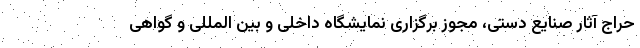
حراج آثار صنایع دستی، مجوز برگزاری نمایشگاه داخلی و بین المللی و گواهی